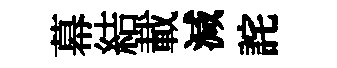
幕結載減詫